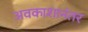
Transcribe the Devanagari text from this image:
अवकाशानंतर